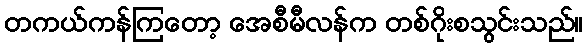
တကယ်ကန်ကြတော့ အေစီမီလန်က တစ်ဂိုးစသွင်းသည်။